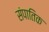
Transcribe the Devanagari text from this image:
संपातिक